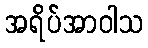
အရိပ်အာဝါသ